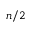
n / 2